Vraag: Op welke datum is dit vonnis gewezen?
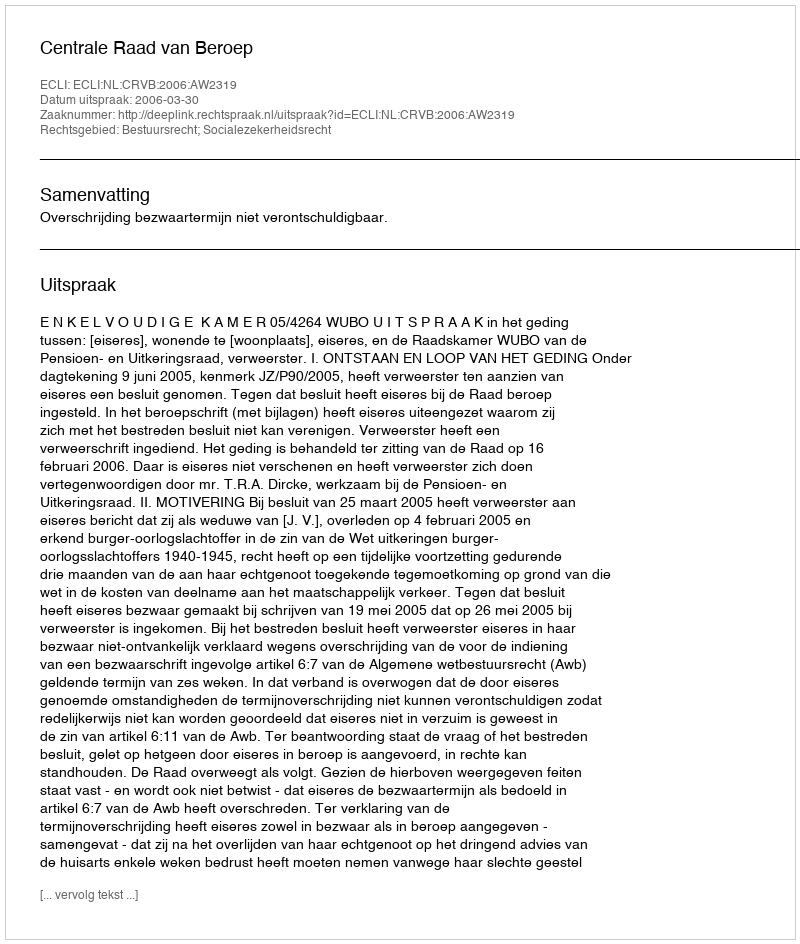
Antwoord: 2006-03-30